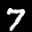
Label: 7